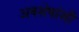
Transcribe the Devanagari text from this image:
अवशेषांशी